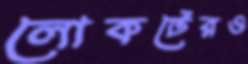
লোকটেরও